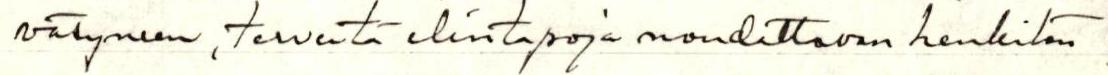
väsyneen, terveitä elintapoja noudattavan henkilön